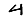
Digit: 4